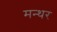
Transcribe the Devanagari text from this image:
मन्थर